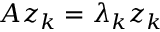
A z _ { k } = \lambda _ { k } z _ { k }